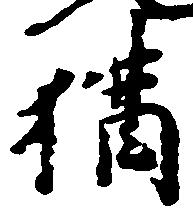
猶